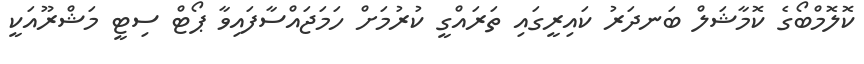
ކޮލޮމްބޯގެ ކޮމާޝަލް ބަނދަރު ކައިރީގައި ތަރައްގީ ކުރުމަށް ހަމަޖައްސާފައިވާ ޕޯޓް ސިޓީ މަޝްރޫއަކީ